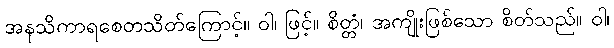
အနသိကာရစေတသိတ်ကြောင့်။ ဝါ၊ ဖြင့်။ စိတ္တံ၊ အကျိုးဖြစ်သော စိတ်သည်။ ဝါ၊